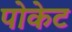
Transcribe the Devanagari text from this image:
पोकेट